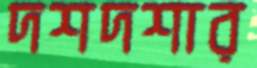
দশদশার